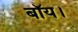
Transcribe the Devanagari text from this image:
बॉय।